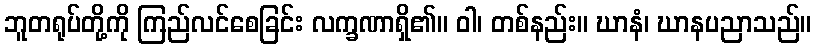
ဘူတရုပ်တို့ကို ကြည်လင်စေခြင်း လက္ခဏာရှိ၏။ ဝါ၊ တစ်နည်း။ ဃာနံ၊ ဃာနပညာသည်။